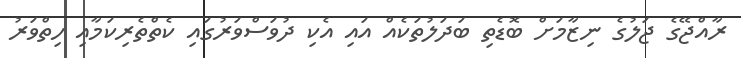
ރާއްޖޭގެ ޖަލުގެ ނިޒާމަށް ބޮޑެތި ބަދަލުތަކެއް އައި އެކި ދުވަސްވަރުގައި ކެތްތެރިކަމާއި ހިތްވަރު